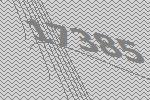
17385